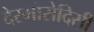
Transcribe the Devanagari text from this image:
देस्मोसेदिसी